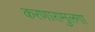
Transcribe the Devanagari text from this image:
करणारामुलगा